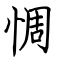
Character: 惆